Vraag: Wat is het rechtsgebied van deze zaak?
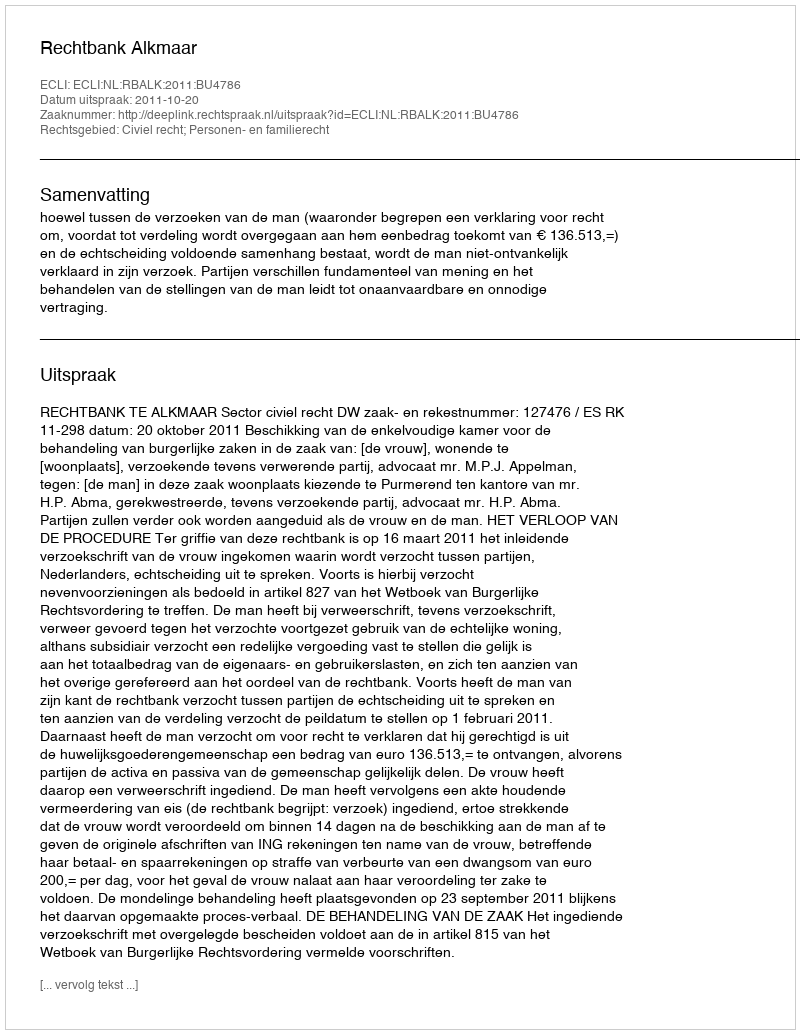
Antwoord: Civiel recht; Personen- en familierecht